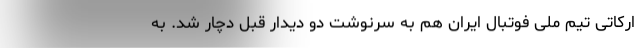
ارکاتی تیم ملی فوتبال ایران هم به سرنوشت دو دیدار قبل دچار شد. به